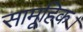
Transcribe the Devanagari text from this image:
सामूहिक।